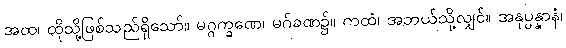
အထ၊ ထိုသို့ဖြစ်သည်ရှိသော်။ မဂ္ဂက္ခဏေ၊ မဂ်ခဏ၌။ ကထံ၊ အဘယ်သို့လျှင်။ အနုပ္ပန္နာနံ၊